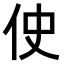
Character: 𫢓